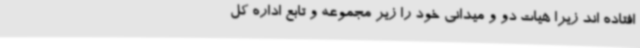
افتاده اند زیرا هیات دو و میدانی خود را زیر مجموعه و تابع اداره کل